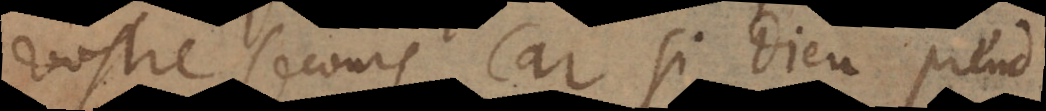
vostre secours. Car si Dieu prend